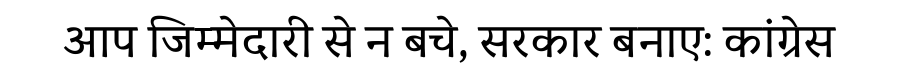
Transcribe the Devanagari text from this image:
आप जिम्मेदारी से न बचे, सरकार बनाए: कांग्रेस